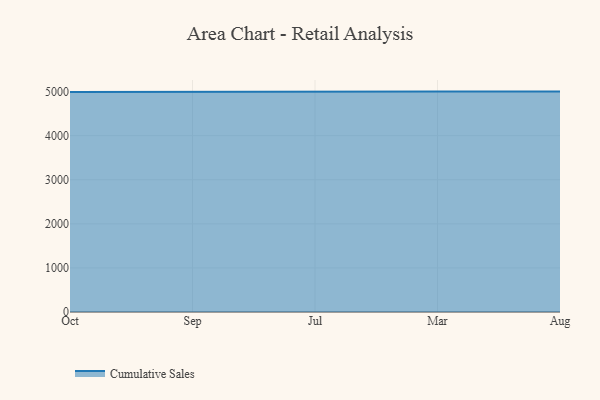
{"axis": {"x": "Month", "y": "Population (Million)"}, "legend": ["Cumulative Sales"], "data": [{"x": "Oct", "y": 4991.6, "type": "Cumulative Sales"}, {"x": "Sep", "y": 5000, "type": "Cumulative Sales"}, {"x": "Jul", "y": 5000, "type": "Cumulative Sales"}, {"x": "Mar", "y": 5000, "type": "Cumulative Sales"}, {"x": "Aug", "y": 5000, "type": "Cumulative Sales"}]}